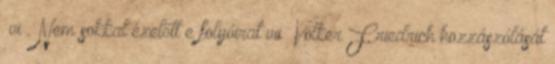
vi . Nem sokkal ezelőtt e folyóirat vii Volker Friedrich hozzászólását